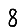
Digit: 8